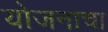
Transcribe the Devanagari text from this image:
योजनाचा